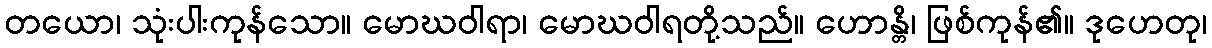
တယော၊ သုံးပါးကုန်သော။ မောဃဝါရာ၊ မောဃဝါရတို့သည်။ ဟောန္တိ၊ ဖြစ်ကုန်၏။ ဒုဟေတု၊